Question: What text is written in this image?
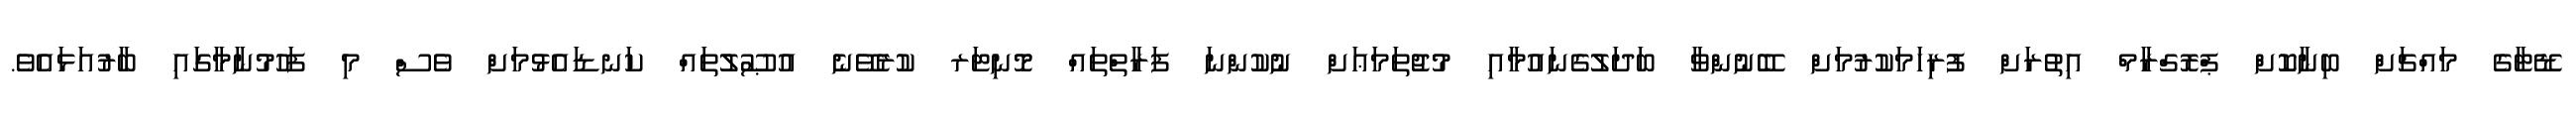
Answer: ޑޭޓާގެ މައްޗަށް ބިނާކޮށް ޕްރޮގްރާމް އިތުރަށް ފުރިހަމަކުރުމަށް ބޭނުންވާ ބަދަލުގެނައުމާއި މުޖުތަމަޢަށް ނުކުންނަ ފަރާތްތައް މޮނިޓަރ ކުރެވޭނެ އުޞޫލުތައް ކަނޑައެޅުމަށް ވެސް މި ފަހުމުނާމާގައި ބާރުއަޅައެވެ.